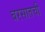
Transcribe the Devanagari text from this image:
बरसातची